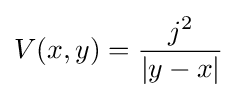
V(x,y)={j^{2} \over |y-x|}